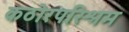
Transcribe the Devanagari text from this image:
कठोरपरिश्रम